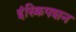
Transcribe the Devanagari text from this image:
इंस्क्रिपशन